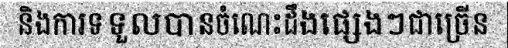
និងការទទួលបានចំណេះដឹងផ្សេងៗជាច្រើន